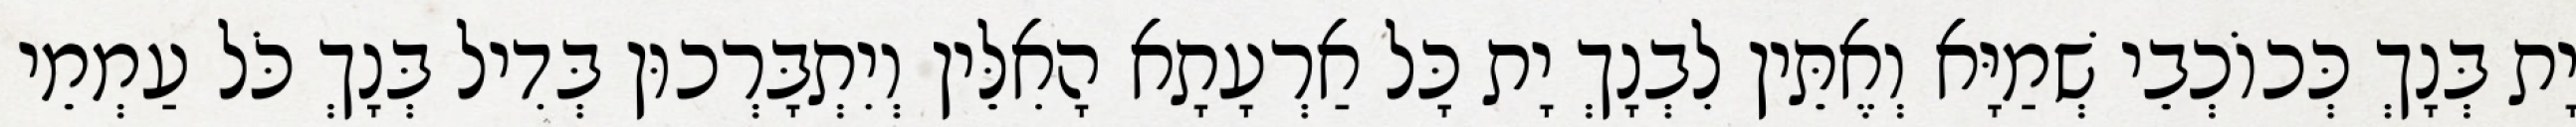
יָת בְּנָךְ כְּכוֹכְבֵי שְׁמַיָּא וְאֶתֵּין לִבְנָךְ יָת כָּל אַרְעָתָא הָאִלֵּין וְיִתְבָּרְכוּן בְּדִיל בְּנָךְ כֹּל עַמְמֵי